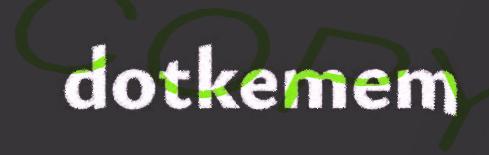
dotkemem